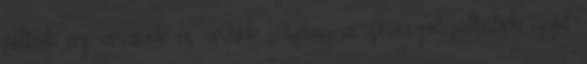
voltak az árusok és áruik. Aztán a zeneszolgáltatók, majd